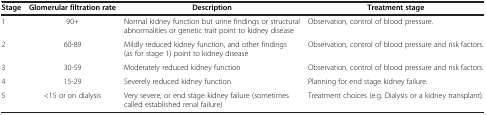
<table><thead><tr><td><b>Stage</b></td><td><b>Glomerular filtration rate</b></td><td><b>Description</b></td><td><b>Treatment stage</b></td></tr></thead><tbody><tr><td>1</td><td>90+</td><td>Normal kidney function but urine findings or structural abnormalities or genetic trait point to kidney disease</td><td>Observation, control of blood pressure.</td></tr><tr><td>2</td><td>60-89</td><td>Mildly reduced kidney function, and other findings (as for stage 1) point to kidney disease</td><td>Observation, control of blood pressure and risk factors.</td></tr><tr><td>3</td><td>30-59</td><td>Moderately reduced kidney function</td><td>Observation, control of blood pressure and risk factors.</td></tr><tr><td>4</td><td>15-29</td><td>Severely reduced kidney function</td><td>Planning for end stage kidney failure.</td></tr><tr><td>5</td><td>&lt;15 or on dialysis</td><td>Very severe, or end stage kidney failure (sometimes called established renal failure)</td><td>Treatment choices (e.g. Dialysis or a kidney transplant).</td></tr></tbody></table>